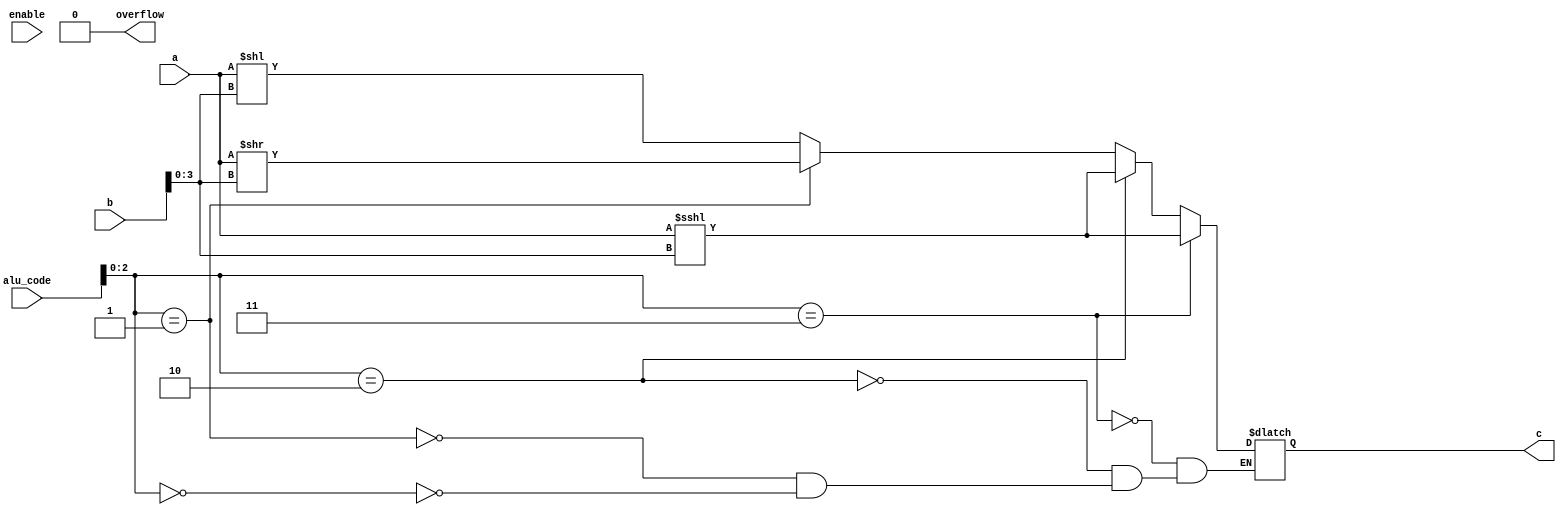
module shift(c, overflow, a, b, alu_code, enable);

output reg [15:0] c;
output reg overflow;

input [15:0] a,b;
input [4:0] alu_code;
input enable;

initial
	overflow = 1'b0;

always @(enable) begin
	
	//sll
	if (alu_code[2:0] == 3'b000)
	begin
			c = a << b[3:0];
	end

	//srl
	if (alu_code[2:0] == 3'b001)
	begin
		c = a >> b[3:0];
	end
	
	//sla
	if (alu_code[2:0] == 3'b010)
	begin
		c = a <<< b[3:0];
	end
	
	//sra
	if (alu_code[2:0] == 3'b011)
	begin
		c = a <<< b[3:0];
	end
end

endmodule